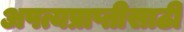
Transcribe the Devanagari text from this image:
अपत्यप्राप्तीसाठी